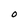
Character: O